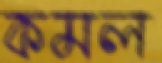
কমল